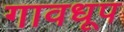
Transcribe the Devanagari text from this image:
गावधूप